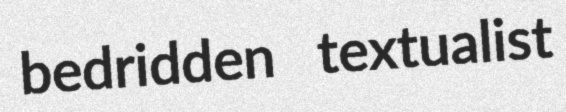
bedridden textualist